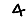
Digit: 4